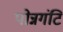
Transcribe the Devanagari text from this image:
पोन्नगंटि